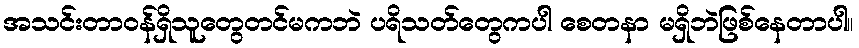
အသင်းတာဝန်ရှိသူတွေတင်မကဘဲ ပရိသတ်တွေကပါ စေတနာ မရှိဘဲဖြစ်နေတာပါ။